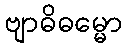
ဗျာဓိဓမ္မော